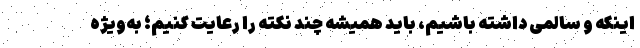
اینکه و سالمی داشته باشیم، باید همیشه چند نکته را رعایت کنیم؛ به‌ویژه